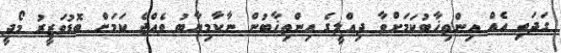
ގަދަވި އެއް އިންތިޚާބުކަމަށްވާ ދިއްލީގެ އިންތިޚާބުން ނާކާމިޔާބު ވެއްޖެ ކަމަށް ބޮޑުވަޒީރު މޯދީ